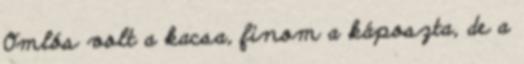
Omlós volt a kacsa, finom a káposzta, de a